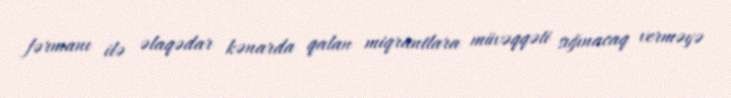
fərmanı ilə əlaqədar kənarda qalan miqrantlara müvəqqəti sığınacaq verməyə